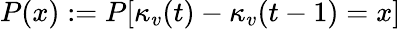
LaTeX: P(x):=P[\kappa_{v}(t)-\kappa_{v}(t-1)=x]